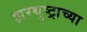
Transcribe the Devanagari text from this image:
झरथुष्ट्राच्या